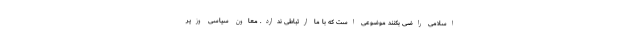
اسلامی راضی بکنند موضوعی است که با ما ارتباطی ندارد. معاون سیاسی وزیر